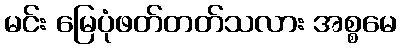
မင်း မြေပုံဖတ်တတ်သလား အစ္စမေ